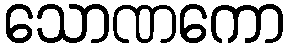
သောဏကော